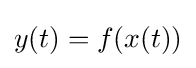
y(t)=f(x(t))